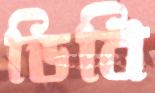
ডিবি